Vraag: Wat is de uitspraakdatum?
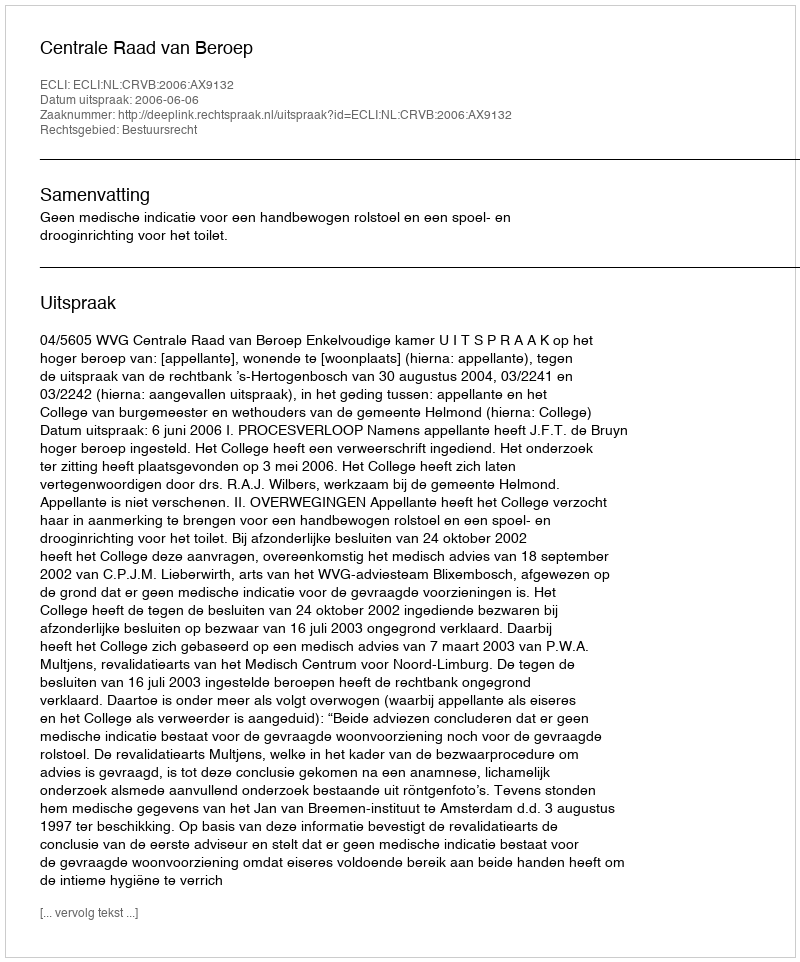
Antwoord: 2006-06-06